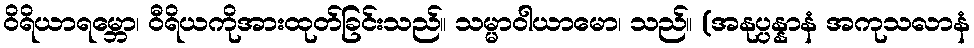
ဝိရိယာရမ္ဘော၊ ဝီရိယကိုအားထုတ်ခြင်းသည်။ သမ္မာဝါယာမော၊ သည်။ (အနုပ္ပန္နာနံ အကုသလာနံ